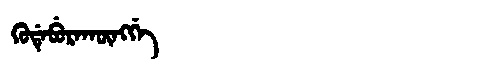
Manchu: ᡴᡠᡩᡝᠪᡠᡵᠠᡴᡡᠩᡤᡝ
Romanization: KUDEBURAKŪNGGE